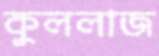
কুললাজ